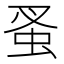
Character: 蚤